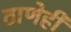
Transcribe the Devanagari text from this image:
ठाणेही